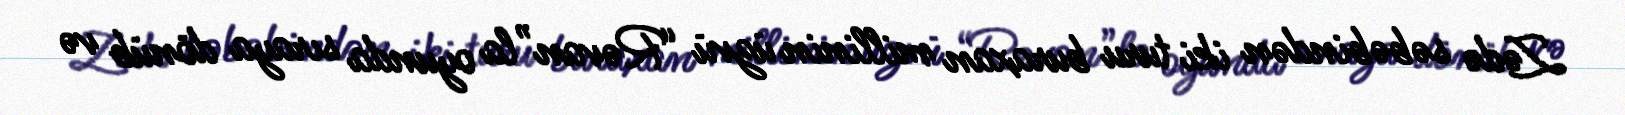
Zədə səbəbindən iki turu buraxan millinin üzvü “Rəvan”la oyunda sıraya dönüb və